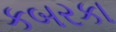
કબરકા